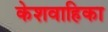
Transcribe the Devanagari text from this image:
केशवाहिका